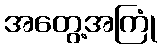
အတွေ့အကြုံ